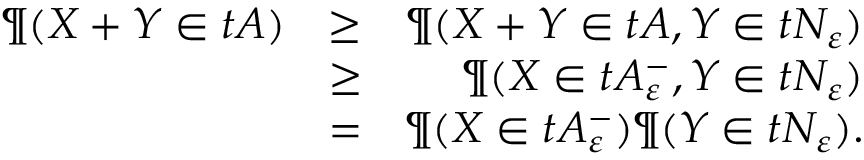
\begin{array} { r l r } { \P ( \boldsymbol X + \boldsymbol Y \in t A ) } & { \geq } & { \P ( \boldsymbol X + \boldsymbol Y \in t A , \boldsymbol Y \in t N _ { \varepsilon } ) } \\ & { \geq } & { \P ( \boldsymbol X \in t A _ { \varepsilon } ^ { - } , \boldsymbol Y \in t N _ { \varepsilon } ) } \\ & { = } & { \P ( \boldsymbol X \in t A _ { \varepsilon } ^ { - } ) \P ( \boldsymbol Y \in t N _ { \varepsilon } ) . } \end{array}